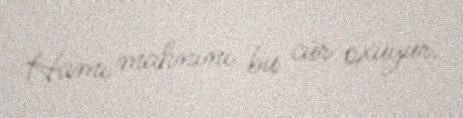
Hamı mahnını bu cür oxuyur.